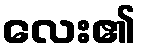
လေး၏